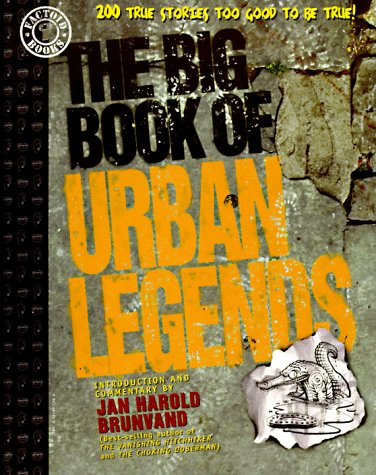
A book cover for The Big Book of Urban Legends: 200 True Stories, Too Good to be True!; Jan Harold Brunvand; Humor & Entertainment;